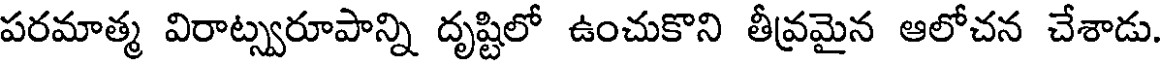
పరమాత్మ విరాట్స్వరూపాన్ని దృష్టిలో ఉంచుకొని తీవ్రమైన ఆలోచన చేశాడు.